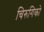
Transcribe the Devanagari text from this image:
चिरुगिको